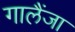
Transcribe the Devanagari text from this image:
गालैंजा